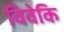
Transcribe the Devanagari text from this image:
विवेकि